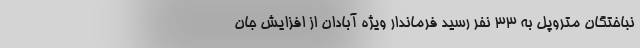
نباختگان متروپل به ۳۳ نفر رسید فرماندار ویژه آبادان از افزایش جان